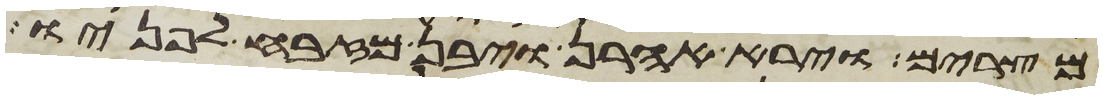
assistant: מצרים וירא אהרן ויבן מזבח לפניו